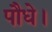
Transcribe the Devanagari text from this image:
पौधे।